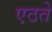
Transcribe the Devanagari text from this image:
एठते